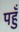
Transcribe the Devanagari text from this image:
पहुँ